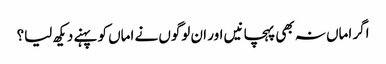
اگر اماں نہ بھی پہچانیں اور ان لوگوں نے اماں کو پہنے دیکھ لیا؟